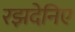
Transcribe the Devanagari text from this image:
रझदेनिए